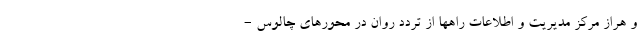
و هراز مرکز مدیریت و اطلاعات راهها از تردد روان در محورهای چالوس -